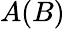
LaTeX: A(B)